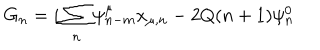
G _ { n } = i \sum _ { n } \psi _ { n - m } ^ { \mu } x _ { \mu , n } - 2 Q ( n + 1 ) \psi _ { n } ^ { 0 }